Indian journal of veterinary science and animal husbandry - Volumes 22-23, 1952-1953
Year: 1952
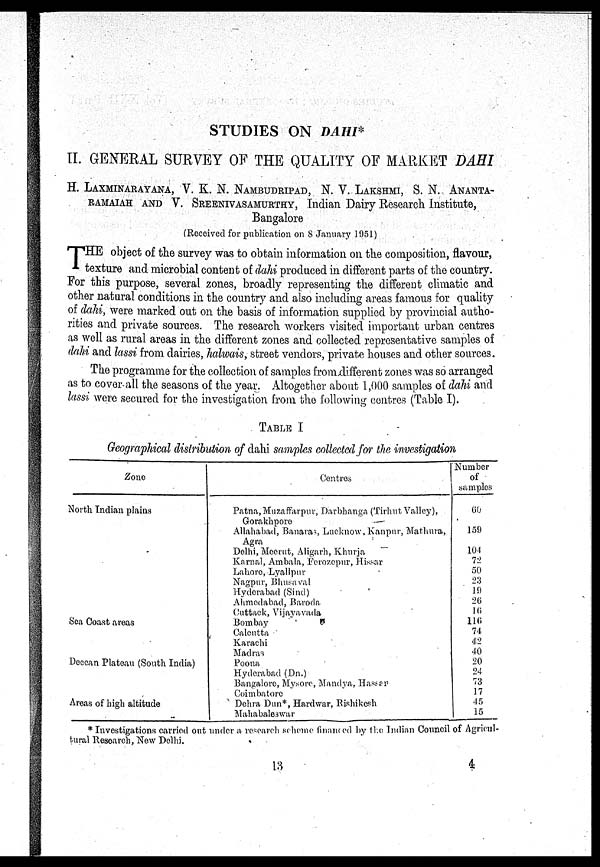
STUDIES ON DAHI*
II. GENERAL SURVEY OF THE QUALITY OF MARKET DAHI
H. LAXMINARAYANA, V. K. N. NAMBUDRIPAD, N. V. LAKSHAMI, S. N. ANANTA-
RAMAIAH AND V. SREENIVASAMURTHY, Indian Dairy Research Institute,
Bangalore
(Received for publication on 8 January 1951)
THE object of the survey was to obtain information on the composition, flavour,
texture and microbial content of dahi produced in different parts of the country.
For this purpose, several zones, broadly representing the different climatic and
other natural conditions in the country and also including areas famous for quality
of dahi, were marked out on the basis of information supplied by provincial autho-
rities and private sources. The research workers visited important urban centres
as well as rural areas in the different zones and collected representative samples of
dahi and lassi from dairies, halwais, street vendors, private houses and other sources.
The programme for the collection of samples from different zones was so arranged
as to cover all the seasons of the year. Altogether about 1,000 samples of dahi and
lassi were secured for the investigation from the following centres (Table I).
TABLE I
Geographical distribution of dahi samples collected for the investigation
Zone
North Indian plains
Sea Coast areas
Deccan Plateau (South India)
Areas of high altitude
Centres
Patna, Muzaffarpur, Darbhanga (Tirhut Valley),
Gorakhpore
Allahabad, Banaras, Lucknow, Kanpur, Mathura,
Agra
Delhi, Meerut, Aligarh, Khurja
Karnal, Ambala, Ferozepur, Hissar
Lahore, Lyallpur
Nagpur, Bhusaval
Hyderabad (Sind)
Ahmedabad, Baroda
Cuttack, Vijayavada
Bombay
Calcutta
Karachi
Madras
Poona
Hyderabad (Dn.)
Bangalore, Mysore, Mandya. Hassar
Coimbatore
Dehra Dun*, Hardwar, Rishikesh
Mahabaleswar
Number
of
samples
60
159
104
72
50
23
19
26
16
116
74
42
40
20
24
73
17
45
15
* Investigations carried out under a research scheme financed by the Indian Council of Agricul-
tural Research, New Delhi.
13
4